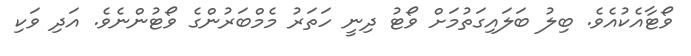
ވޯޓާއެކުއެވެ. ބިލު ބަލައިގަތުމަށް ވޯޓު ދިނީ ހަތަރު މެމްބަރުންގެ ވޯޓުންނެވެ. އަދި ވަކި